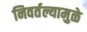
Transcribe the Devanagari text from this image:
निवर्तल्यामुळे